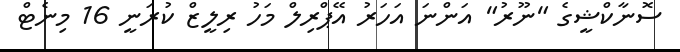
ސޮނާކްޝީގެ "ނޫރު" އަންނަ އަހަރު އޭޕްރިލް މަހު ރިލީޒް ކުރަނީ 16 މިނެޓް